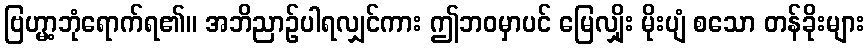
ဗြဟ္မာ့ဘုံရောက်ရ၏။ အဘိညာဉ်ပါရလျှင်ကား ဤဘဝမှာပင် မြေလျှိုး မိုးပျံ စသော တန်ခိုးများ